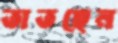
তাতছেন